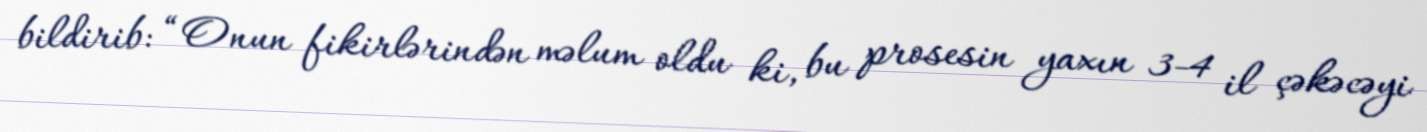
bildirib: “Onun fikirlərindən məlum oldu ki, bu prosesin yaxın 3-4 il çəkəcəyi